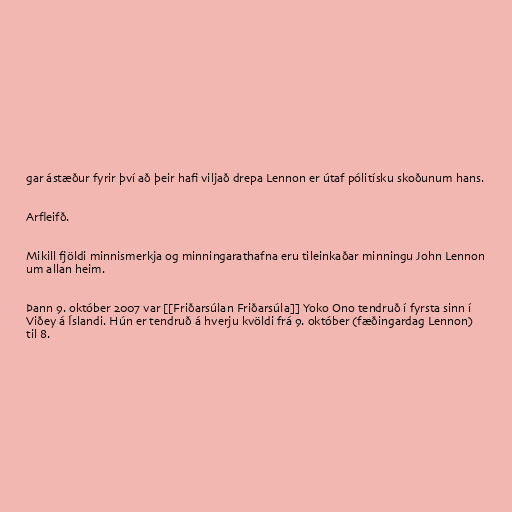
gar ástæður fyrir því að þeir hafi viljað drepa Lennon er útaf pólitísku skoðunum hans.

Arfleifð.

Mikill fjöldi minnismerkja og minningarathafna eru tileinkaðar minningu John Lennon
um allan heim.

Þann 9. október 2007 var [[Friðarsúlan Friðarsúla]] Yoko Ono tendruð í fyrsta sinn í
Viðey á Íslandi. Hún er tendruð á hverju kvöldi frá 9. október (fæðingardag Lennon)
til 8.